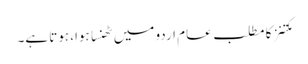
مکتنز کا مطلب عام اردو میں ٹھنسا ہوا، ہوتا ہے۔